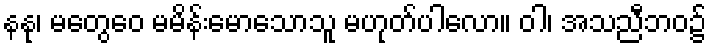
နနု၊ မတွေဝေ မမိန်းမောသောသူ မဟုတ်ပါလော။ ဝါ၊ အသညီဘဝ၌